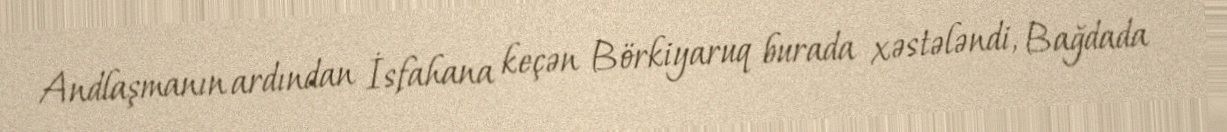
Andlaşmanın ardından İsfahana keçən Börkiyaruq burada xəstələndi, Bağdada